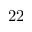
2 2